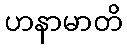
ဟနာမာတိ